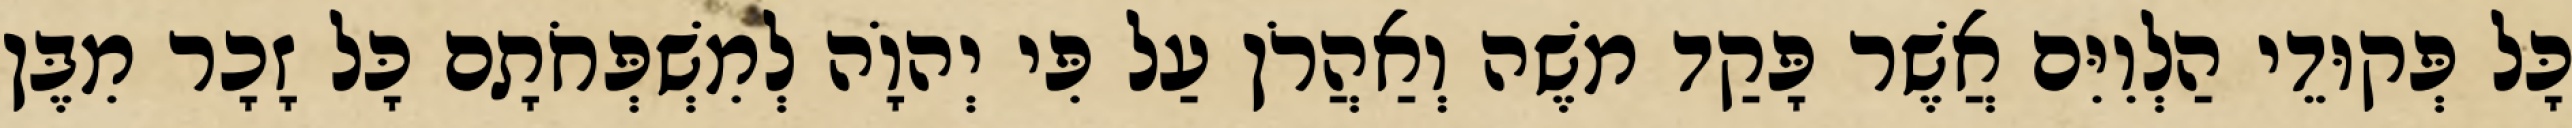
כָּל פְּקוּדֵי הַלְוִיִּם אֲשֶׁר פָּקַד משֶׁה וְאַהֲרֹן עַל פִּי יְהוָֹה לְמִשְׁפְּחֹתָם כָּל זָכָר מִבֶּן